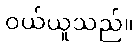
ဝယ်ယူသည်။